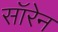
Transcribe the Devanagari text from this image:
सॉरेन